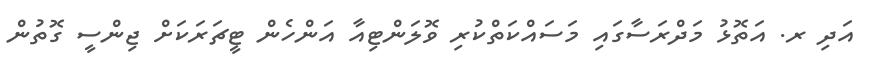
އަދި ރ. އަތޮޅު މަދްރަސާގައި މަސައްކަތްކުރި ވޮލަންޓިއާ އަންހެން ޓީޗަރަކަށް ޖިންސީ ގޮތުން